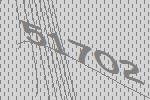
51702